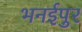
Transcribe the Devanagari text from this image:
भनईपुर